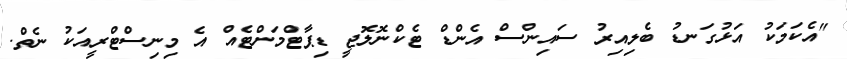
"އެކަމަކު އަޅުގަނޑު ބެލިއިރު ސައިންސް އެންޑް ޓެކްނޮލޮޖީ ޑިޕާޓްމަންޓެއް އެ މިނިސްޓްރީއަކު ނެތް.